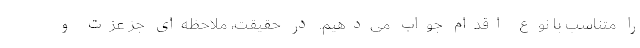
را متناسب با نوع اقدام جواب می‌دهیم. در حقیقت، ملاحظه‌ای جز عزت و